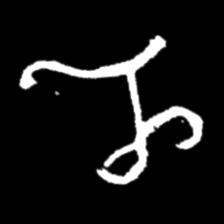
Pyu character \u2014 Myanmar letter: ည (romanized: nya)